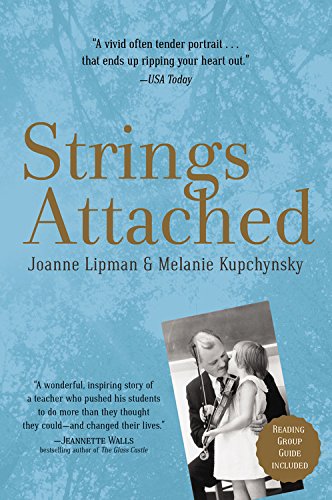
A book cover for Strings Attached; Joanne Lipman; Biographies & Memoirs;